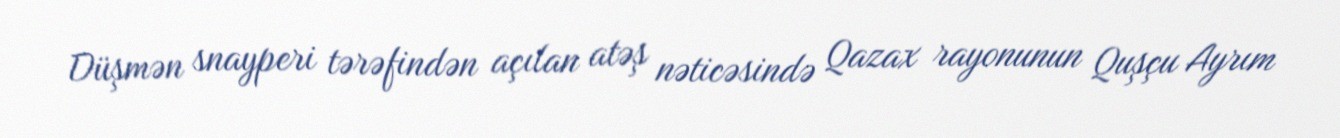
Düşmən snayperi tərəfindən açılan atəş nəticəsində Qazax rayonunun Quşçu Ayrım